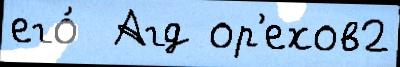
его́  Агд ор'ехов2